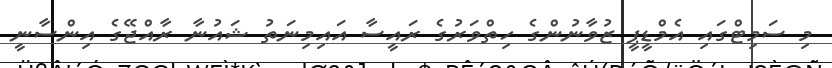
މި ސަމިޓްގައި އެމްޑީޕީ ޒުވާނުންގެ ހިތްވަރުގެ ރައީސާ އައިމިނަތު ޝައުނާ ރާއްޖޭގެ އިންސާނީ